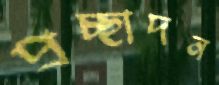
প্রচ্ছাদন